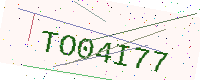
Text: TO04I77